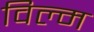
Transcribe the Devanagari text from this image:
विल्म